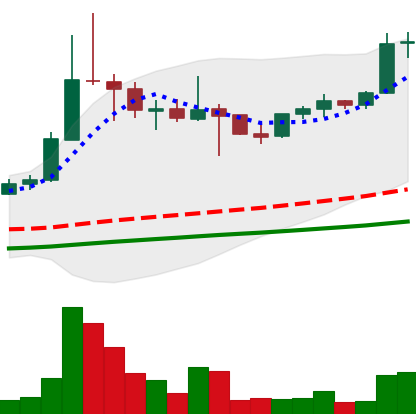
Ticker: ETC-USD
Chart end date: 2021-05-02
Forward return: 167.527%
Label: up_7plus